Civil Veterinary Department Bihar & Orissa reports 1929-36 - 1929-1936
Year: 1929
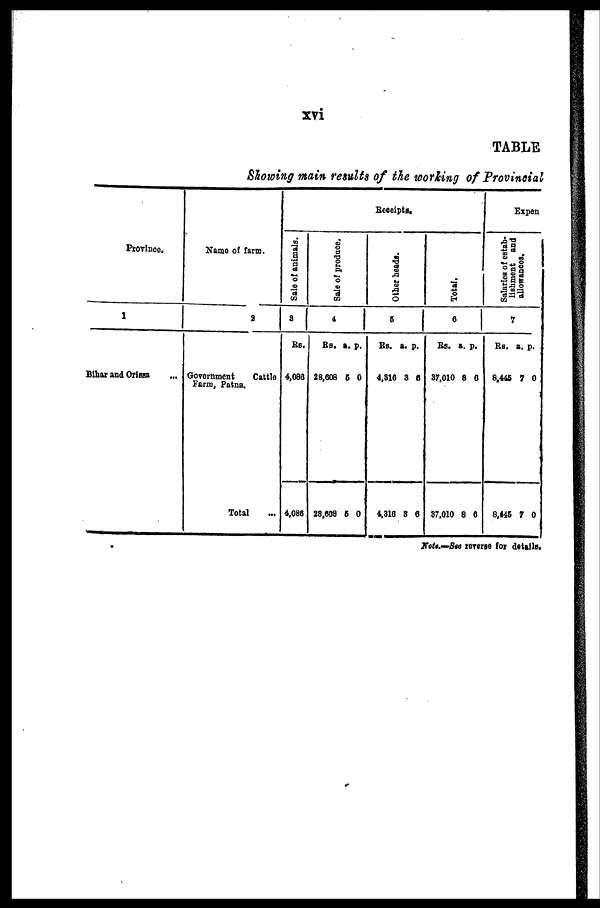
xvi
TABLE
Showing main results of the working of Provincial
Province.
1
Bihar and Orissa ...
Name of farm.
2
Government
Cattle
Farm, Patna.
Total ...
Receipts.
Sale of animals.
3
Rs.
4,086
4,086
Sale of produce.
4
Rs. a. p.
28,608 5 0
28,608 5 0
Other heads.
5
Rs. a. p.
4,316 3 0
4,316 3 6
Total.
6
Rs. a. p.
37,010 8 6
37,010 8 6
Expen
Salaries of estab-
lishment and
allowances.
7
Rs. a. p.
8,445 7 0
8,445 7 0
Note—See reverse for details.